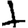
Digit: 1